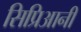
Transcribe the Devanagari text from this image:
सिप्रिआनी